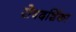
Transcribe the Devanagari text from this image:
रोषदर्शिका